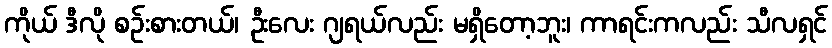
ကိုယ် ဒီလို စဉ်းစားတယ်၊ ဦးလေး ဂျရယ်လည်း မရှိတော့ဘူး၊ ကာရင်းကလည်း သီလရှင်